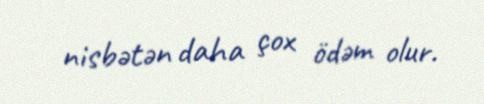
nisbətən daha çox ödəm olur.